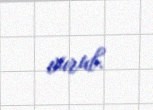
vurub.